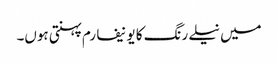
میں نیلے رنگ کا یونیفارم پہنتی ہوں۔